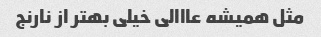
مثل همیشه عااالی خیلی بهتر از نارنج